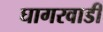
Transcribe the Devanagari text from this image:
घागरवाडी